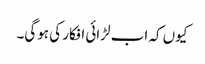
کیوں کہ اب لڑائی افکار کی ہوگی۔